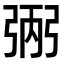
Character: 𢏺